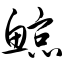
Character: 鲸